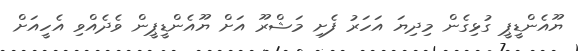
ޔޫއެންޑީޕީ ގުޅިގެން މިދިޔަ އަހަރު ފެށި މަޝްރޫ އަށް ޔޫއެންޑީޕީން ވެދެއްވި އެހީއަށް